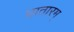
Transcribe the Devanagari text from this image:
धातारम्